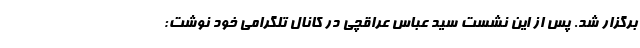
برگزار شد. پس از این نشست سید عباس عراقچی در کانال تلگرامی خود نوشت: